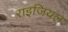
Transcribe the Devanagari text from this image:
राइजियल